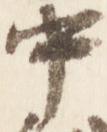
中